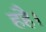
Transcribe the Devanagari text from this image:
हहै।